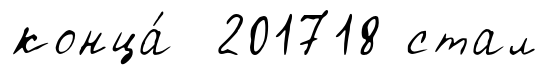
конца́ 201718 стал